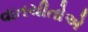
વાતચીતોએ